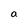
Character: a